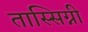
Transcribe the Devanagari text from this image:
तास्सिग्नी